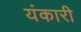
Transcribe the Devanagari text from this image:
यंकारी